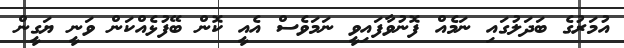
އުމަރުގެ ބަދަލުގައި ނަމެއް ފޮނުވާފައިވީ ނަމަވެސް އެއީ ކޮން ބޭފުޅެއްކަން ވަނީ ޔަގީން